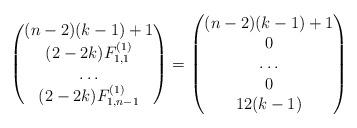
LaTeX: \begin{align*}\begin{pmatrix} (n-2)(k-1)+1\\ (2-2k) F_{1,1}^{(1)} \\ \dots \\ (2-2k) F_{1,n-1}^{(1)} \end{pmatrix} =\begin{pmatrix} (n-2)(k-1)+1\\ 0 \\ \dots\\ 0 \\ 12(k-1) \end{pmatrix}\end{align*}